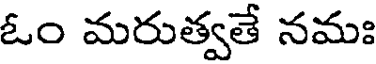
ఓం మరుత్వతే నమః